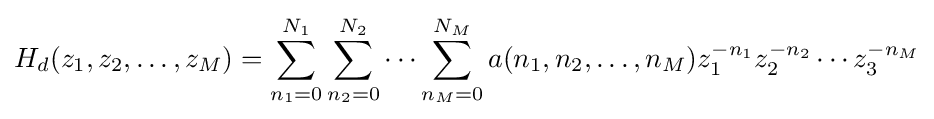
H_{d}(z_{1},z_{2},\ldots ,z_{M})=\sum _{n_{1}=0}^{N_{1}}\sum _{n_{2}=0}^{N_{2}}\cdots \sum _{n_{M}=0}^{N_{M}}a(n_{1},n_{2},\ldots ,n_{M})z_{1}^{-n_{1}}z_{2}^{-n_{2}}\cdots z_{3}^{-n_{M}}